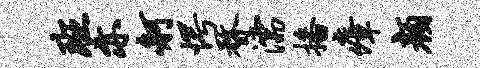
班亦舸愕瞀濡播瘴颜